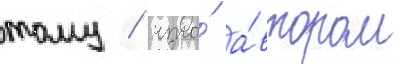
тому / что́ а́втором